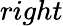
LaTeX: right